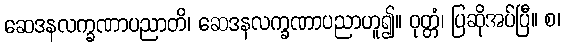
ဆေဒနလက္ခဏာပညာတိ၊ ဆေဒနလက္ခဏာပညာဟူ၍။ ဝုတ္တံ၊ ပြဆိုအပ်ပြီ။ စ၊